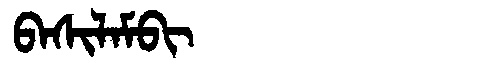
Manchu: ᠪᠠᠰᡳᠯᠠᠮᠪᡳ
Romanization: BASILAMBI